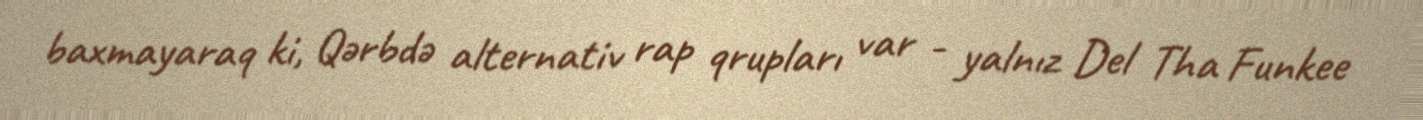
baxmayaraq ki, Qərbdə alternativ rap qrupları var - yalnız Del Tha Funkee